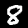
Label: 8